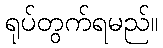
ရုပ်တွက်ရမည်။